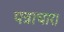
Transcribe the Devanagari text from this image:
पत्राचार।